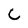
Character: c